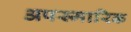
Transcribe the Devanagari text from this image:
अपस्मारिक